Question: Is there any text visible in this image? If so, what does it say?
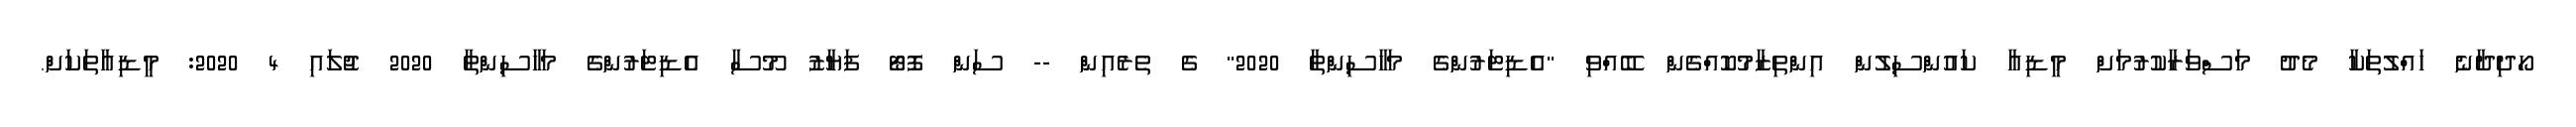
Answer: ހޯދިދާނެ ހައްލުތަކާ މެދު މަސްވަރާކުރުމަށް މީޑިއާ ކައުންސިލުން އިންތިޒާމުކޮއްގެން ބޭއްވި "އެޑިޓަރުންގެ މަހާސިންތާ 2020" ގެ ތެރެއިން -- ސަން ފޮޓޯ ފަޔާޒު މޫސާ އެޑިޓަރުންގެ މަހާސިންތާ 2020 ޖުލައި 4 2020: މީޑިއާތަކަށް.